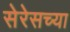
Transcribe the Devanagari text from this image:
सेरेसच्या